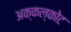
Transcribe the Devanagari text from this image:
अक्कल्कोट